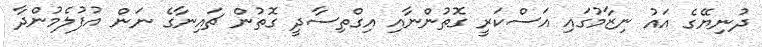
ދުނިޔޭގެ އައު ނިޒާމުގައި އަސްކަރީ ގޮތުންނާއި އިގްތިސާދީ ގޮތުން ޗައިނާގެ ނަން އުފުލެމުންދާ